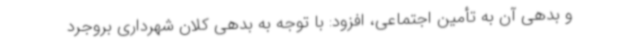
و بدهی آن به تأمین اجتماعی، افزود: با توجه به بدهی کلان شهرداری بروجرد